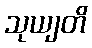
သုယျတိ